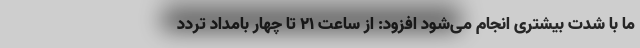
ما با شدت بیشتری انجام می‌شود افزود: از ساعت ۲۱ تا چهار بامداد تردد